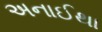
અનાઈથા